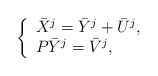
\begin{align*}\left\{\begin{array}{lll}\bar{X}^j=\bar{Y}^j+ \bar{U}^j,\\ P \bar{Y}^j =\bar{V}^j,\end{array}\right.\end{align*}